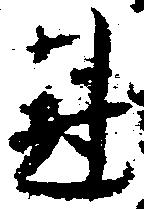
剋